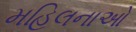
મહિલનાઓ